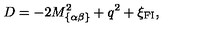
D = - 2 M _ { \{ \alpha \beta \} } ^ { 2 } + q ^ { 2 } + \xi _ { \mathrm { { \small F I } } } ,